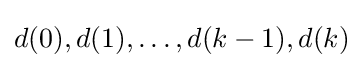
d(0),d(1),\ldots ,d(k-1),d(k)\!